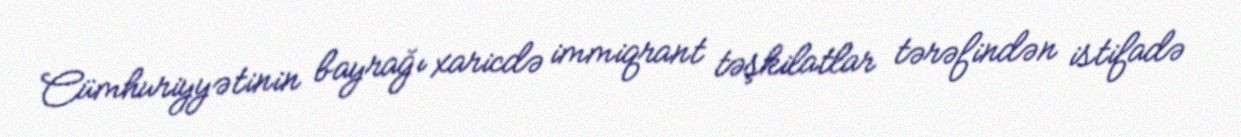
Cümhuriyyətinin bayrağı xaricdə immiqrant təşkilatlar tərəfindən istifadə